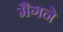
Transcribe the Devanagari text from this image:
मैगने